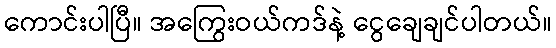
ကောင်းပါပြီ။ အကြွေးဝယ်ကဒ်နဲ့ ငွေချေချင်ပါတယ်။